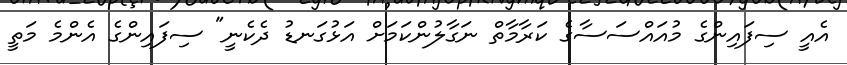
އެއީ ސިފައިންގެ މުއައްސަސާގެ ކަރާމާތް ނަގާލުންކަމަށް އަޅުގަނޑު ދެކެނީ" ސިފައިންގެ އެންމެ މަތީ